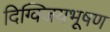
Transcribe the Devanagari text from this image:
दिग्विजयभूषण